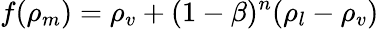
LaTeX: f(\rho_{m})=\rho_{v}+(1-\beta)^{n}(\rho_{l}-\rho_{v})